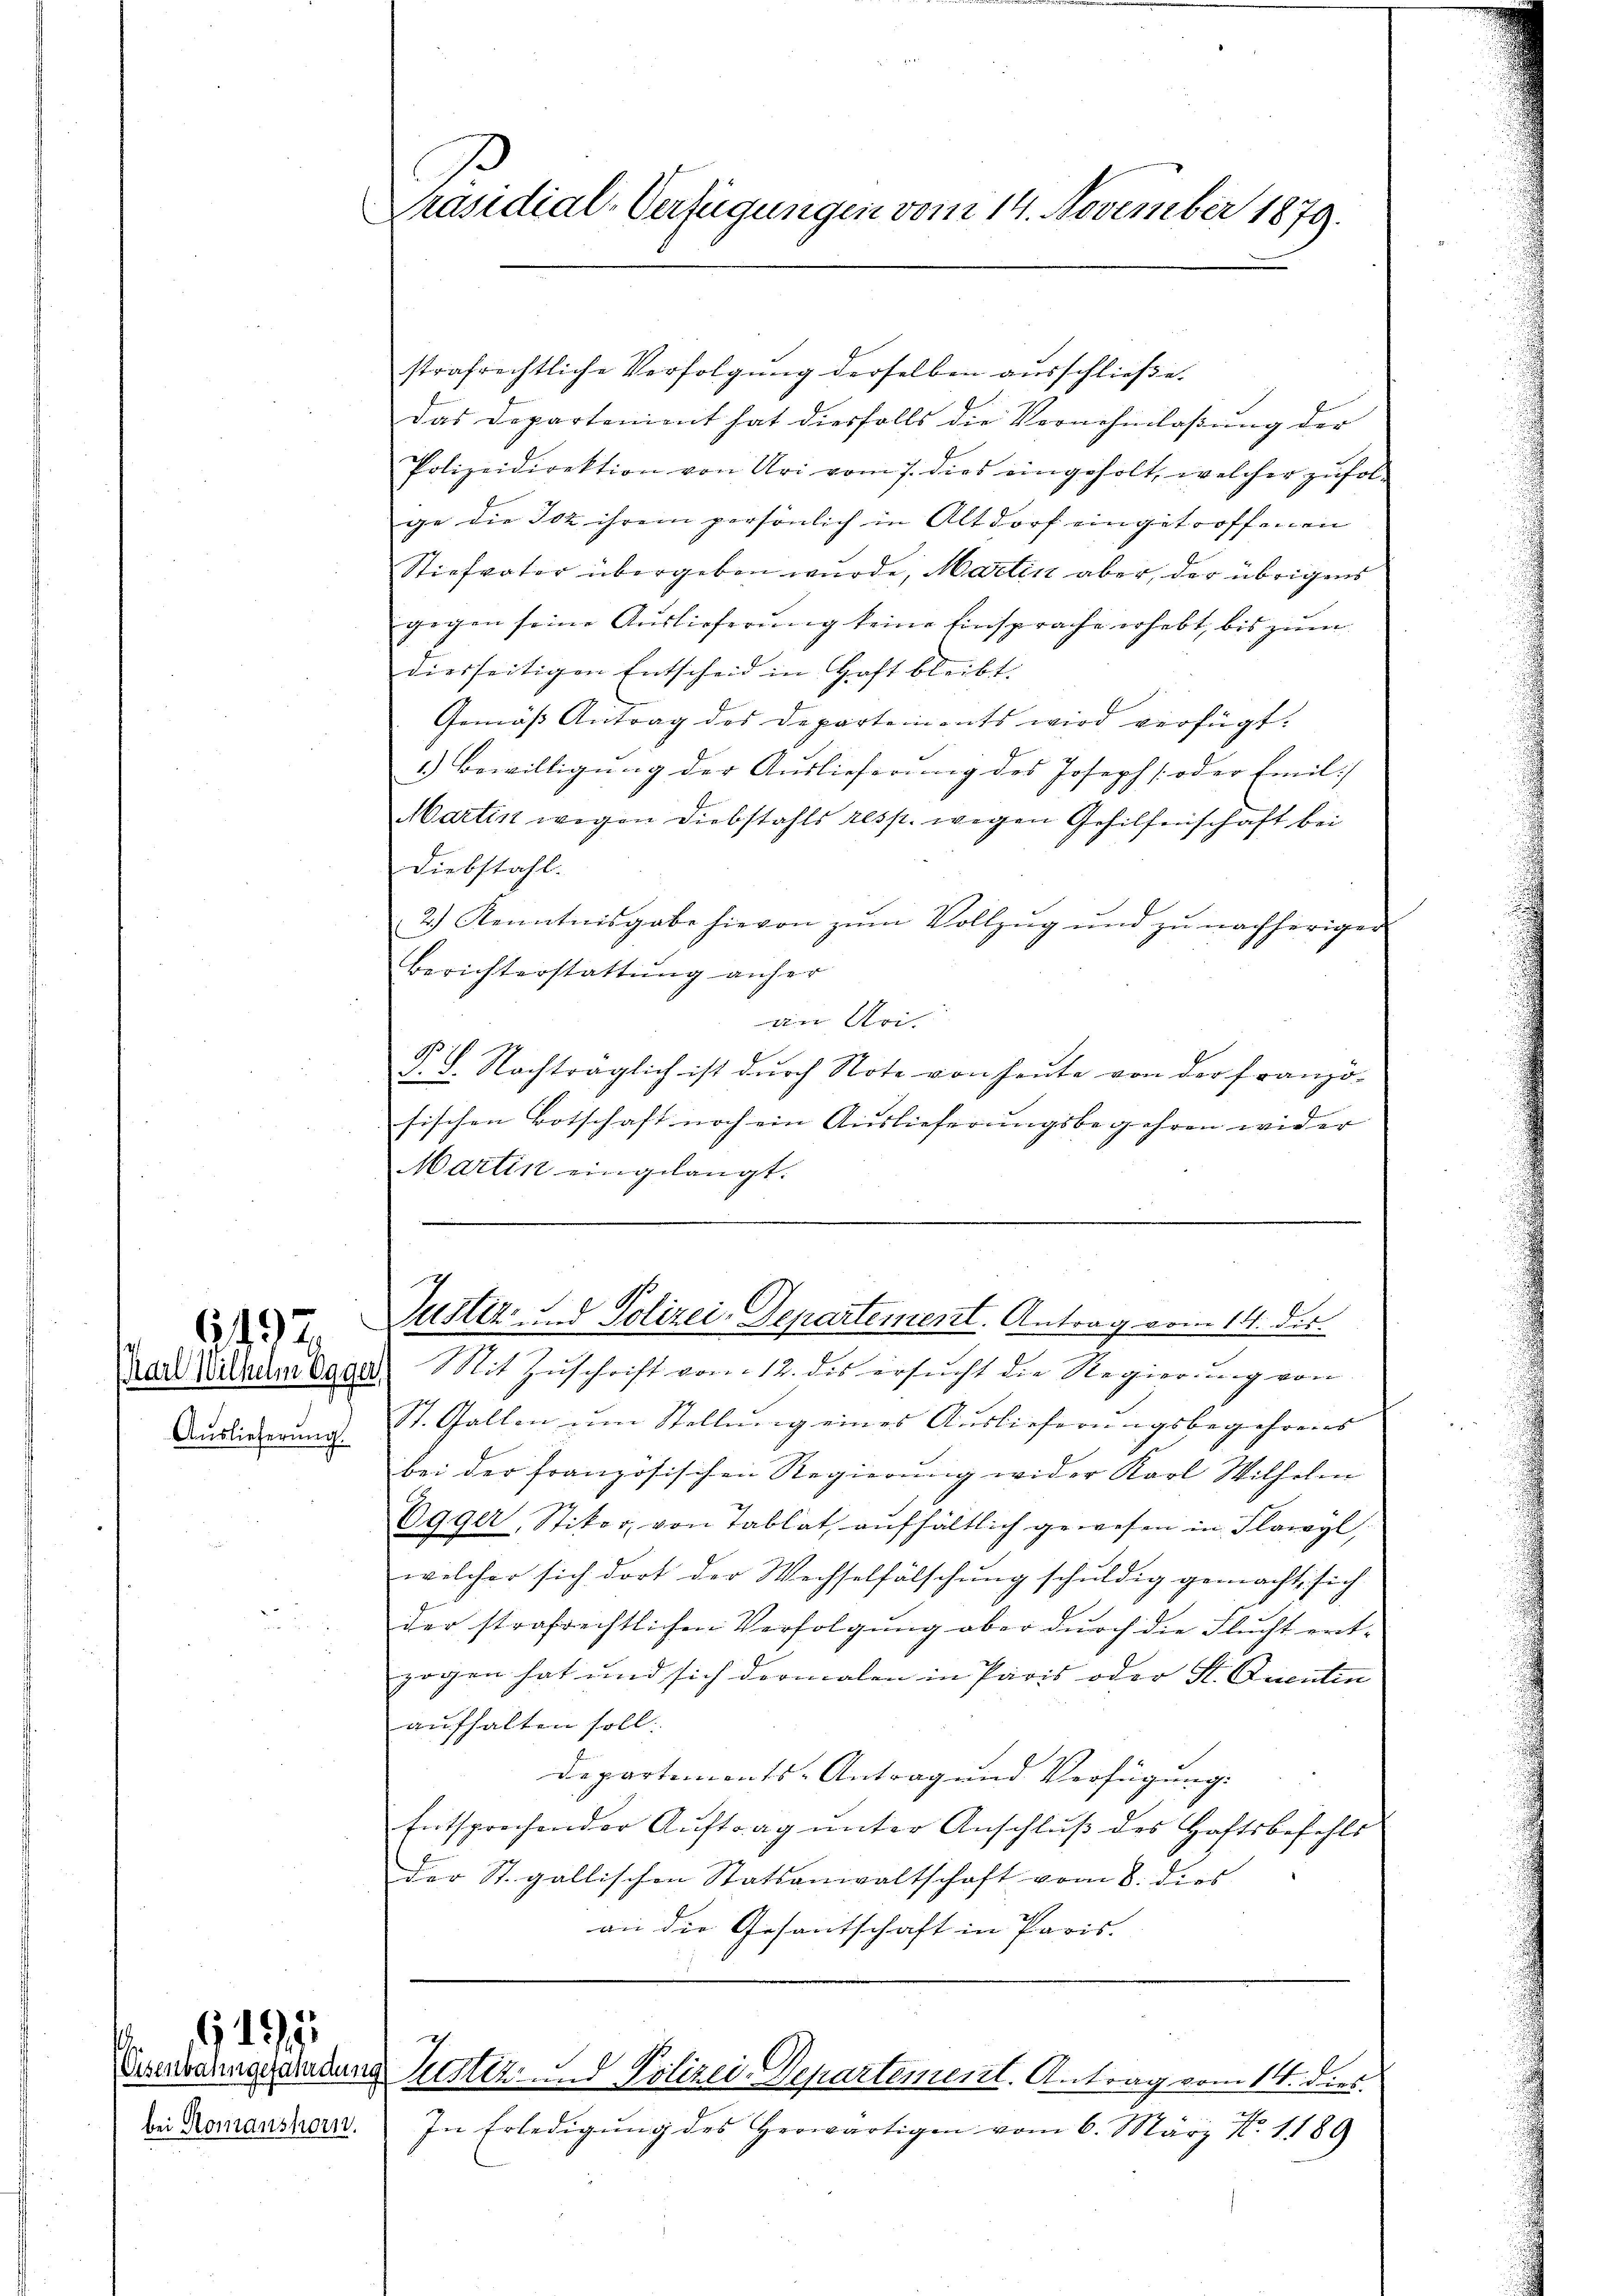
Karl Wilhelm Egger,
Auslieferung.

.
bei Romanshorn.

G. 192

Präsidial-Verfügungen vom 14. November 1879.

strafrechtliche Verfolgŭng derselben aŭsschlieβe.
das Departenient hat diesfalls die Vernehmlassung der
Polizeidirektion von Uri vom 7. dies eingeholt, welcher zufolge die 302 ihrem persönlich in Altdorf eingetroffenen
Stiefvater übergeben wurde, Martin aber, der übrigens
gegen seine Auslieferung keine Einsprache erhebt, bis zum
diesseitigen Entscheid in Haft bleibt.
Gemäβ Antrag des Departements wird verfügt:
1.) Bewilligung der Auslieferung des Joseph [oder Emili
Martin wegen Diebstahls resp. wegen Gehilfenschaft bei
Diebstahl.
2.) Kenntnisgabe hievon zŭm Vollzŭg und zŭ nachheriger
Berichterstattung anher
an bei
§. 8. Nachträglich ist dŭrch Note von heute von der Franzö-
sischen Botschaft noch ein Auslieferungsbegehren wider
Martin eingelangt.

.

Justiz- und Polizei-Departement. Antrag vom 14. des

Mit Zuschrift vom 12. des ersucht die Regierung von
St. Gallen um Stellung eines Auslieferungsbegehrens
bei der französischen Regierung wider Karl Wilhelm
Egger Stiker von Tablat aufhältlich gewesen in Flawyl,
welcher sich dort der Wechselfälschung schuldig gemacht, sich
der strafrechtlichen Verfolgung aber durch die Flucht entzogen hat und sich dermalen in Paris oder St. Ducatin
aufhalten soll.
Departements-Antrag und Verfügung
Entsprechender Aŭftrag ŭnter Anschlŭβ des Haftsbefehls
der St. gallischen Statsanwaltschaft vom 8. dies
an die Gesantschaft in Paris.
Seebahngeahnden Justiz, d. Polizei-Departement. Antrag vom 14. dies
In Erledigung des Herwärtigen vom 6. März N. 1189